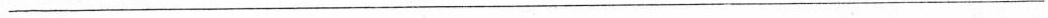
___